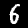
Digit: 6